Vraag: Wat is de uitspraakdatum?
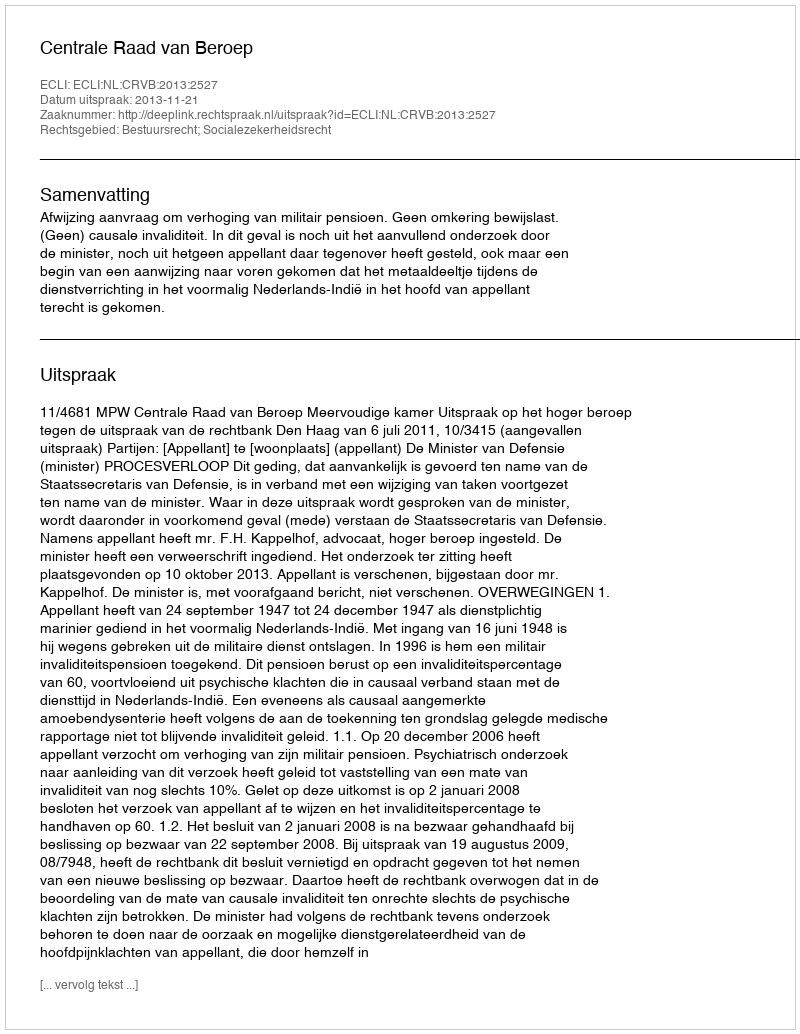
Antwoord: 2013-11-21